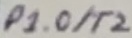
Text: P1.0/T2